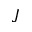
J